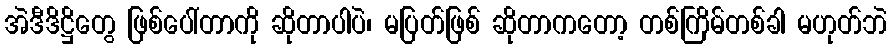
အဲဒီဒိဋ္ဌိတွေ ဖြစ်ပေါ်တာကို ဆိုတာပါပဲ၊ မပြတ်ဖြစ် ဆိုတာကတော့ တစ်ကြိမ်တစ်ခါ မဟုတ်ဘဲ